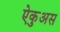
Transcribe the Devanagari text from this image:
ऐकुअस